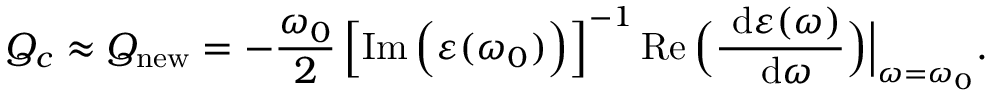
Q _ { c } \approx Q _ { \mathrm { n e w } } = - \frac { \omega _ { 0 } } { 2 } \left[ \operatorname { I m } \Big ( \varepsilon ( \omega _ { 0 } ) \Big ) \right] ^ { - 1 } \operatorname { R e } \Big ( \frac { \ \mathrm { d } \varepsilon ( \omega ) } { \ \mathrm { d } \omega } \Big ) \Big \vert _ { \omega = \omega _ { 0 } } .